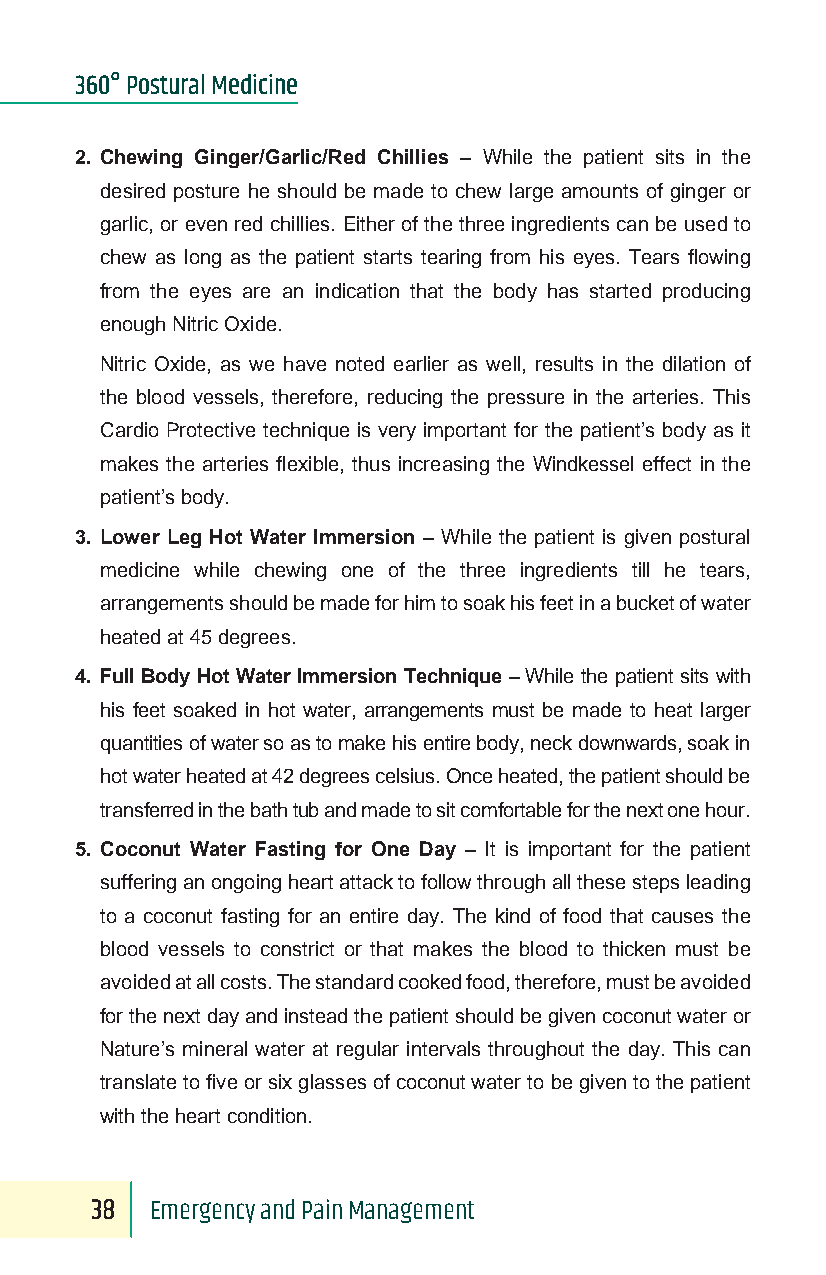
360° Postural Medicine
 2. Chewing Ginger/Garlic/Red Chillies – While the patient sits in the
 desired posture he should be made to chew large amounts of ginger or
 garlic, or even red chillies. Either of the three ingredients can be used to
 chew as long as the patient starts tearing from his eyes. Tears flowing
 from the eyes are an indication that the body has started producing
 enough Nitric Oxide.
 Nitric Oxide, as we have noted earlier as well, results in the dilation of
 the blood vessels, therefore, reducing the pressure in the arteries. This
 Cardio Protective technique is very important for the patient’s body as it
 makes the arteries flexible, thus increasing the Windkessel effect in the
 patient’s body.
 3. Lower Leg Hot Water Immersion – While the patient is given postural
 medicine while chewing one of the three ingredients till he tears,
 arrangements should be made for him to soak his feet in a bucket of water
 heated at 45 degrees.
 4. Full Body Hot Water Immersion Technique – While the patient sits with
 his feet soaked in hot water, arrangements must be made to heat larger
 quantities of water so as to make his entire body, neck downwards, soak in
 hot water heated at 42 degrees celsius. Once heated, the patient should be
 transferred in the bath tub and made to sit comfortable for the next one hour.
 5. Coconut Water Fasting for One Day – It is important for the patient
 suffering an ongoing heart attack to follow through all these steps leading
 to a coconut fasting for an entire day. The kind of food that causes the
 blood vessels to constrict or that makes the blood to thicken must be
 avoided at all costs. The standard cooked food, therefore, must be avoided
 for the next day and instead the patient should be given coconut water or
 Nature’s mineral water at regular intervals throughout the day. This can
 translate to five or six glasses of coconut water to be given to the patient
 with the heart condition.
 38  Emergency and Pain Management